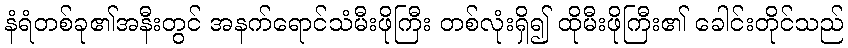
နံရံတစ်ခု၏အနီးတွင် အနက်ရောင်သံမီးဖိုကြီး တစ်လုံးရှိ၍ ထိုမီးဖိုကြီး၏ ခေါင်းတိုင်သည်